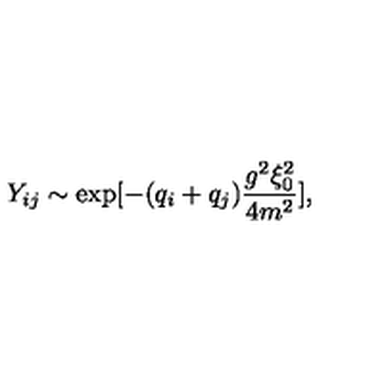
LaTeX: Y _ { i j } \sim \exp [ - ( q _ { i } + q _ { j } ) { \frac { g ^ { 2 } \xi _ { 0 } ^ { 2 } } { 4 m ^ { 2 } } } ] ,